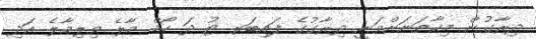
ދިރާގުން މިހާތަނަށްވަނީ ދިރާގުގެ ފައިބަރ ޓު ދަ ހޯމް މާލެ ވިލިމާލެ އަދި